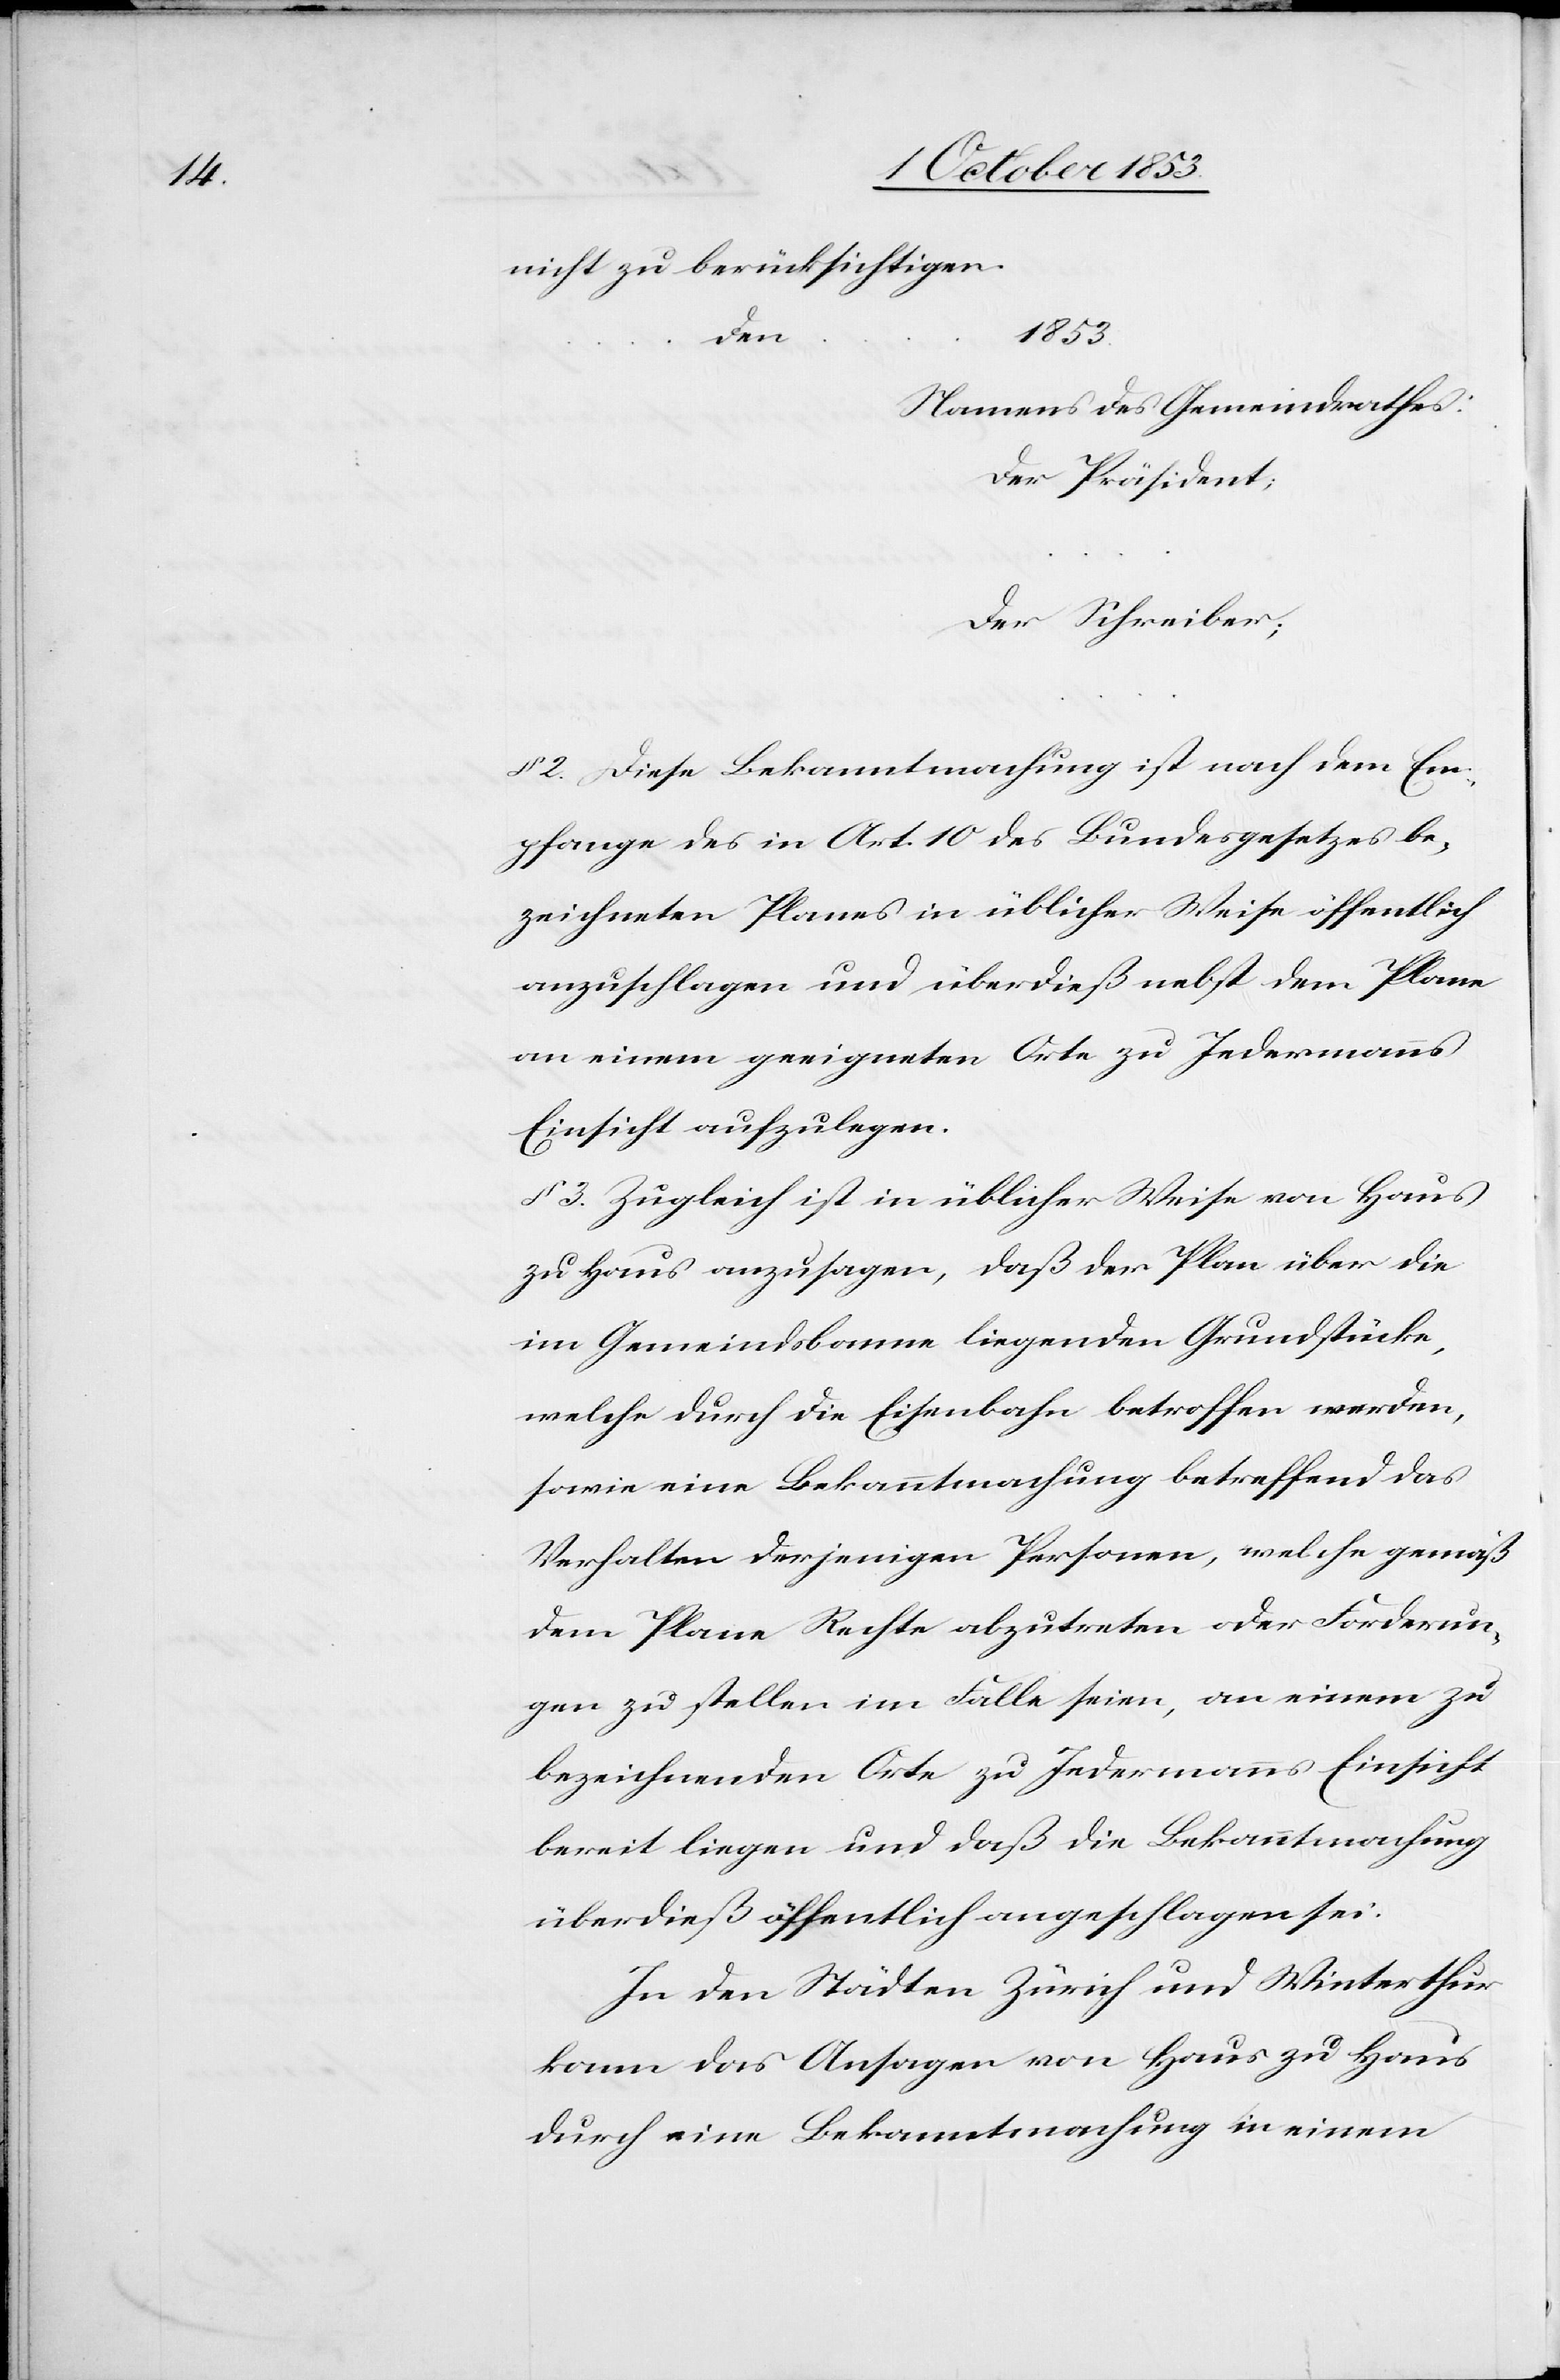
nicht zu berücksichtigen.
1853.
…
Namens des Gemeindrathes:
Der Präsident;
Der Schreiber;
§ 2. Diese Bekanntmachung ist nach dem Em¬
pfange des in Art. 10 des Bundesgesetzes be¬
zeichneten Planes in üblicher Weise öffentlich
anzuschlagen und überdieß nebst dem Plane
an einem geeigneten Orte zu Jedermanns
Einsicht aufzulegen.
§ 3 Zugleich ist in üblicher Weise von Haus
zu Haus anzusagen, daß der Plan über die
im Gemeindsbanne liegenden Grundstücke,
welche durch die Eisenbahn betroffen werden,
sowie eine Bekanntmachung betreffend das
Verhalten derjenigen Personen, welche gemäß
dem Plane Rechte abzutreten oder Forderun¬
gen zu stellen im Falle seien, an einem zu
bezeichnenden Orte zu Jedermanns Einsicht
bereit liegen und daß die Bekanntmachung
überdieß öffentlich angeschlagen sei.
In den Städten Zürich und Winterthur
kann das Ansagen von Haus zu Haus
durch eine Bekanntmachung in einem